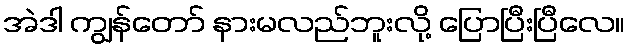
အဲဒါ ကျွန်တော် နားမလည်ဘူးလို့ ပြောပြီးပြီလေ။